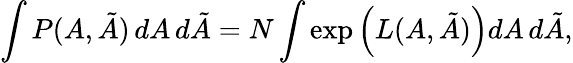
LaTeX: \int P(A,{\tilde{A}})\, dA\, d{\tilde{A}}=N\int\exp\left(L(A,{\tilde{A}})\right)dA\, d{\tilde{A}},